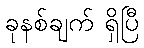
ခုနစ်ချက် ရှိပြီ